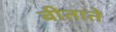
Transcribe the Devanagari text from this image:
बीताते